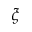
\xi